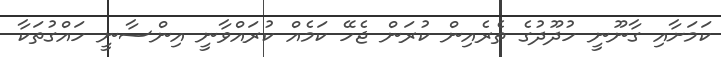
ކަމަށާއި ގާނޫނީ ހުދޫދުގެ ތެރެއިން ކުރަން ޖެހޭ ކަމެއް ކުރައްވާނީ އިންސާނީ ހައްގުތަކާ